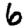
Digit: 6